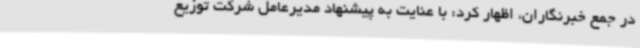
در جمع خبرنگاران، اظهار کرد: با عنایت به پیشنهاد مدیرعامل شرکت توزیع